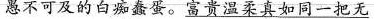
愚不可及的白痴蠢蛋。富贵温柔真如同一把无